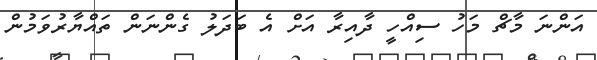
އަންނަ މާޗް މަހު ސިއްހީ ދާއިރާ އަށް އެ ބަދަލު ގެންނަން ތައްޔާރުވަމުން